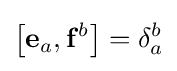
\left[\mathbf {e} _{a},\mathbf {f} ^{b}\right]=\delta _{a}^{b}